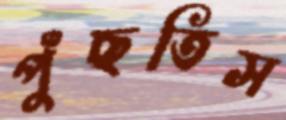
পুঁছতিস